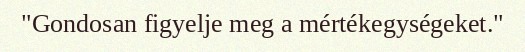
"Gondosan figyelje meg a mértékegységeket."